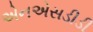
એનએસડીડી